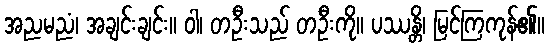
အညမညံ၊ အချင်းချင်း။ ဝါ၊ တဦးသည် တဦးကို။ ပဿန္တိ၊ မြင်ကြကုန်၏။